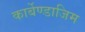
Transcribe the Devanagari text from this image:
कार्बेण्डाजिम